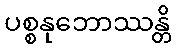
ပစ္စနုဘောဿန္တိ